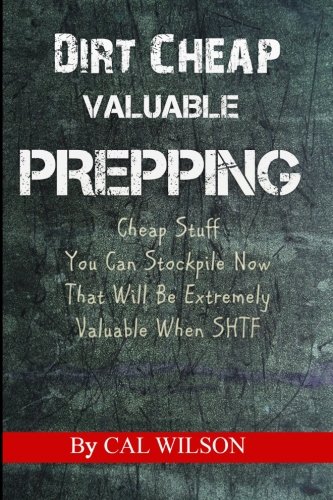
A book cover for Dirt Cheap Valuable Prepping: Cheap Stuff You Can Stockpile NowThat Will Be Extremely Valuable When SHTF; Cal Wilson; Reference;